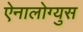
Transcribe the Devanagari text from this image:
ऐनालोग्युस